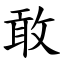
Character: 敢